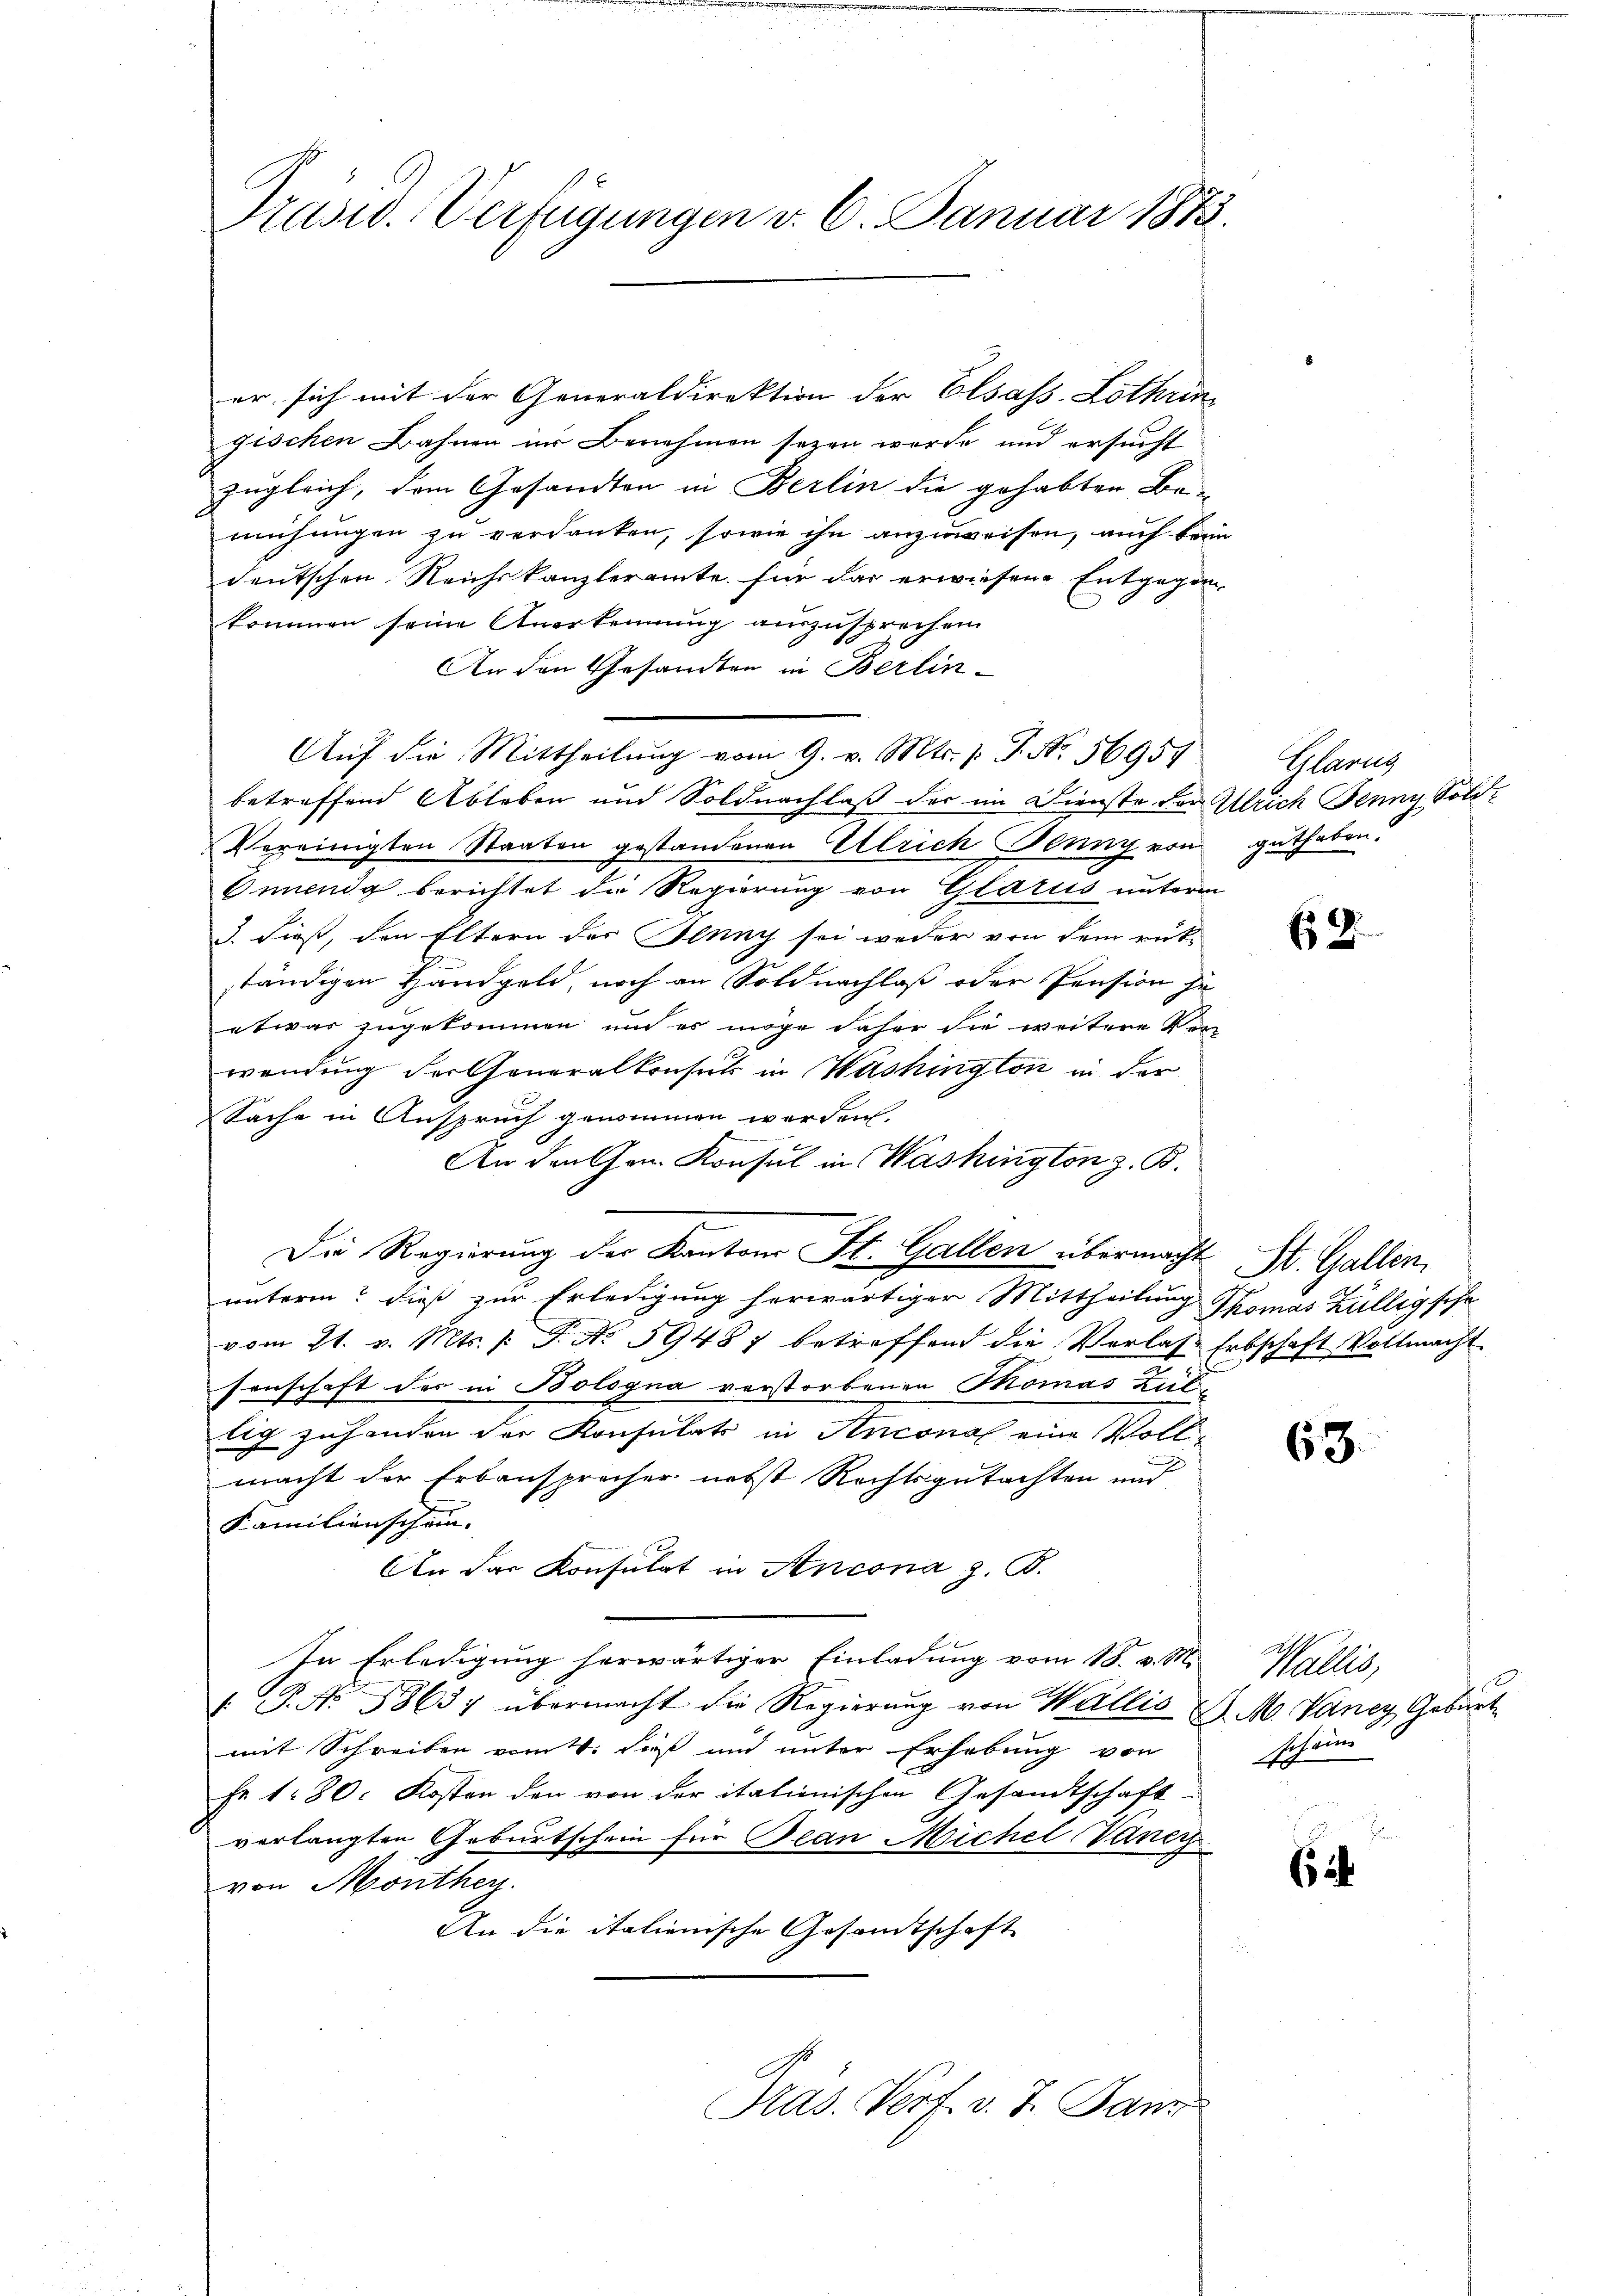
Prasw. Verfügungen v. 6. Januar 1873.

er sich mit der Generaldirektion der Elsass-Lothrin
gischen Bahnen in Benehmen sezen worde und ersucht
zugleich, dem Gesandten in Berlin die gehabten Be-
mühungen zu verdanken, sowie ihn anzuweisen, auch beim
deutschen Reichskanzleramte für das erwiesene Entgegen
kommen seine Anerkennung auszusprechen
An den Gesandten in Berlin¬
Auf die Mittheilung vom 9. v. Mts. v. J. No. 56954
betreffend Ableben und Soldnachlaß der im Dienste von Ulrich Jenny, Sold
Vereinigten Staaten gestandenen Ulrich Jenny von
Onnenda berichtet die Regierung von Glarus unterm
3. dieß, den Eltern des Jenny sei weder von dem rück-
ständigen Handgeld, noch an Soldnachlaß oder Pension je
etwas zugekommen und es möge daher die weitere Ver-
wendung Personeralkonsuls in Washington in der
Sache in Anspruch genommen werden.
An den Gen. Konsul in Washington z. B.
Die Regierung der Kantons St. Gallen übermacht St. Gallen,
unterm? dieß zur Erledigung herwärtiger Mittheilung Thomas Züllig sehe
vom 21. v. Mts. /: P. No 59487 betreffend die Verlass Erbschaft Vollmacht
senschaft des in Bologna verstorbenen Thomas Zultig zuhanden der Konsulats in Antonal eine Voll-
macht der Erbausprecher nebst Rechtsgutachten und
Familienschein.
An der Konsulat in Ancona z. B.
In Erledigung herwärtiger Einladung vom 18. v. M.
.P. No. 5863; übermacht die Regierung von Wallis Z. M. Vaney Geburt
mit Schreiben vom 4. daß und unter Erhebung von
Fr. 180. Kosten den von der itationischen Gesandtschaft-
verlangten Geburtschein für Bean Michel Vaner
von Monthey
An die italienische Gesamtschaft
Kas. Verf. v. J. Jan

2

Glarus
guthaben.

9

63.

Wallis,
scheins

i